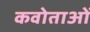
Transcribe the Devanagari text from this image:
कवोताओं